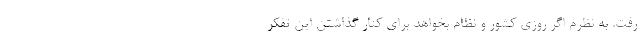
رفت. به نظرم اگر روزی کشور و نظام بخواهد برای کنار گذاشتن این تفکر